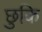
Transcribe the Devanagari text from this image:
छुकि